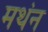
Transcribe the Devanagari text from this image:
मथंन